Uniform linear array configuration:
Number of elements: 4
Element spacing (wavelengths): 1
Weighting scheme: cosine
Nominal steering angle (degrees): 45
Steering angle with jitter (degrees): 46.484
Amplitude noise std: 0.05
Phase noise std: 0.05

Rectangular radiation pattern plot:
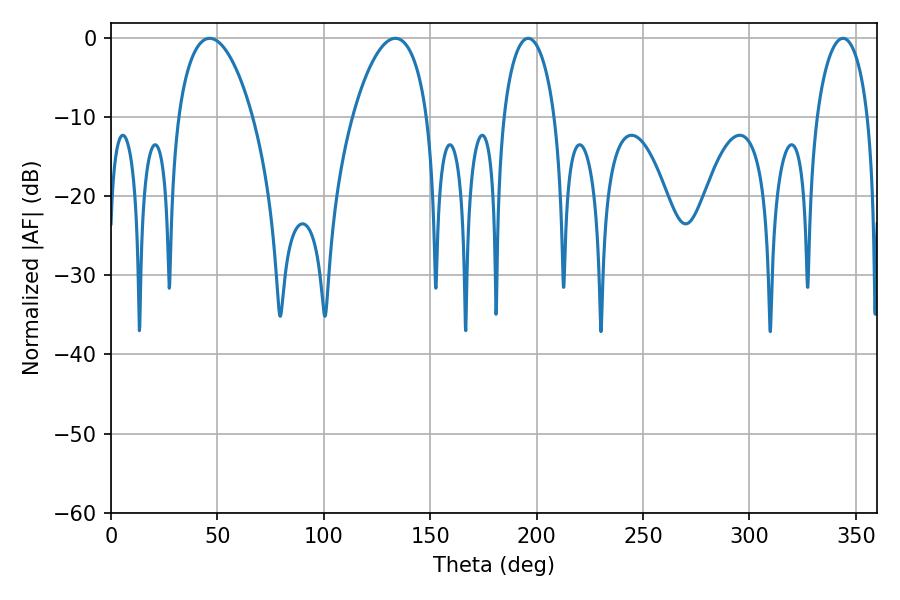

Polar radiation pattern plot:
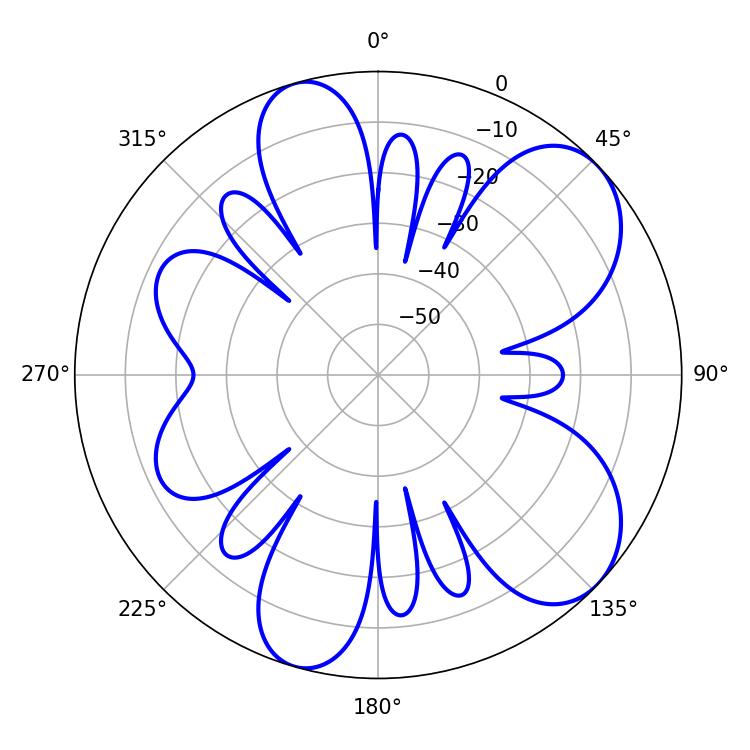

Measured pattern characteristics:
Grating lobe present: TRUE
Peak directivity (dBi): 7.507
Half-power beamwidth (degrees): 13.86
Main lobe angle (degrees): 196.02